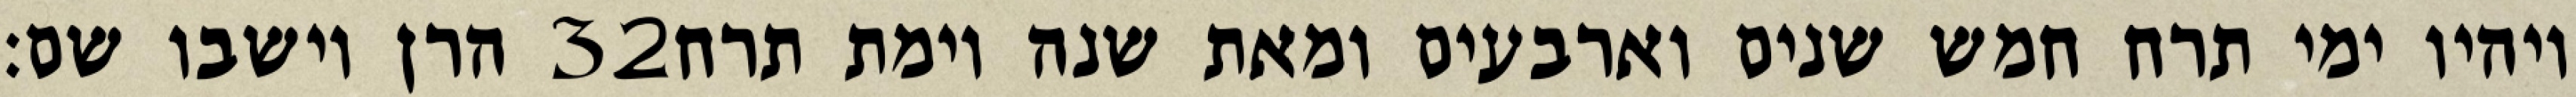
הרן וישבו שם׃ ‎32‏ ויהיו ימי תרח חמש שנים וארבעים ומאת שנה וימת תרח